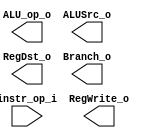
//Subject:     CO project 2 - Decoder
//--------------------------------------------------------------------------------
//Version:     1
//--------------------------------------------------------------------------------
//Writer:      Luke
//----------------------------------------------
//Date:        
//----------------------------------------------
//Description: 
//--------------------------------------------------------------------------------
`timescale 1ns/1ps
module Decoder(
    instr_op_i,
	RegWrite_o,
	ALU_op_o,
	ALUSrc_o,
	RegDst_o,
	Branch_o
	);
     
//I/O ports
input  [6-1:0] instr_op_i;

output         RegWrite_o;
output [3-1:0] ALU_op_o;
output         ALUSrc_o;
output         RegDst_o;
output         Branch_o;
 
//Internal Signals
reg    [3-1:0] ALU_op_o;
reg            ALUSrc_o;
reg            RegWrite_o;
reg            RegDst_o;
reg            Branch_o;

//Parameter


//Main function

endmodule